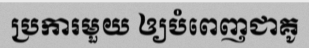
ប្រការមួយ ឲ្យបំពេញជាគូ